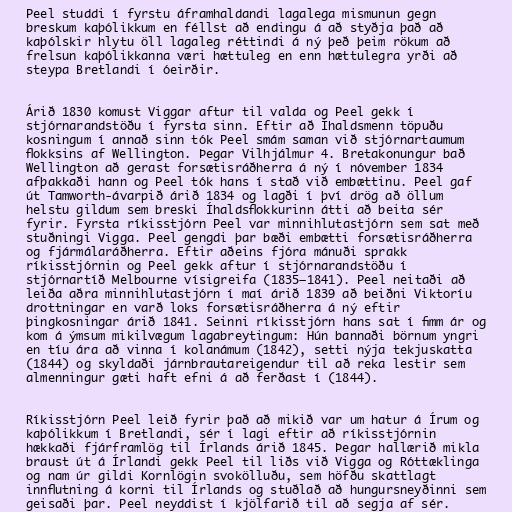
Peel studdi í fyrstu áframhaldandi lagalega mismunun gegn
breskum kaþólikkum en féllst að endingu á að styðja það að
kaþólskir hlytu öll lagaleg réttindi á ný þeð þeim rökum að
frelsun kaþólikkanna væri hættuleg en enn hættulegra yrði að
steypa Bretlandi í óeirðir.

Árið 1830 komust Viggar aftur til valda og Peel gekk í
stjórnarandstöðu í fyrsta sinn. Eftir að Íhaldsmenn töpuðu
kosningum í annað sinn tók Peel smám saman við stjórnartaumum
flokksins af Wellington. Þegar Vilhjálmur 4. Bretakonungur bað
Wellington að gerast forsætisráðherra á ný í nóvember 1834
afþakkaði hann og Peel tók hans í stað við embættinu. Peel gaf
út Tamworth-ávarpið árið 1834 og lagði í því drög að öllum
helstu gildum sem breski Íhaldsflokkurinn átti að beita sér
fyrir. Fyrsta ríkisstjórn Peel var minnihlutastjórn sem sat með
stuðningi Vigga. Peel gengdi þar bæði embætti forsætisráðherra
og fjármálaráðherra. Eftir aðeins fjóra mánuði sprakk
ríkisstjórnin og Peel gekk aftur í stjórnarandstöðu í
stjórnartíð Melbourne vísigreifa (1835–1841). Peel neitaði að
leiða aðra minnihlutastjórn í maí árið 1839 að beiðni Viktoríu
drottningar en varð loks forsætisráðherra á ný eftir
þingkosningar árið 1841. Seinni ríkisstjórn hans sat í fimm ár og
kom á ýmsum mikilvægum lagabreytingum: Hún bannaði börnum yngri
en tíu ára að vinna í kolanámum (1842), setti nýja tekjuskatta
(1844) og skyldaði járnbrautareigendur til að reka lestir sem
almenningur gæti haft efni á að ferðast í (1844).

Ríkisstjórn Peel leið fyrir það að mikið var um hatur á Írum og
kaþólikkum í Bretlandi, sér í lagi eftir að ríkisstjórnin
hækkaði fjárframlög til Írlands árið 1845. Þegar hallærið mikla
braust út á Írlandi gekk Peel til liðs við Vigga og Róttæklinga
og nam úr gildi Kornlögin svokölluðu, sem höfðu skattlagt
innflutning á korni til Írlands og stuðlað að hungursneyðinni sem
geisaði þar. Peel neyddist í kjölfarið til að segja af sér.